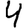
Digit: 4